Civil Veterinary Department Bengal reports 1923-33 - 1923-1933
Year: 1923
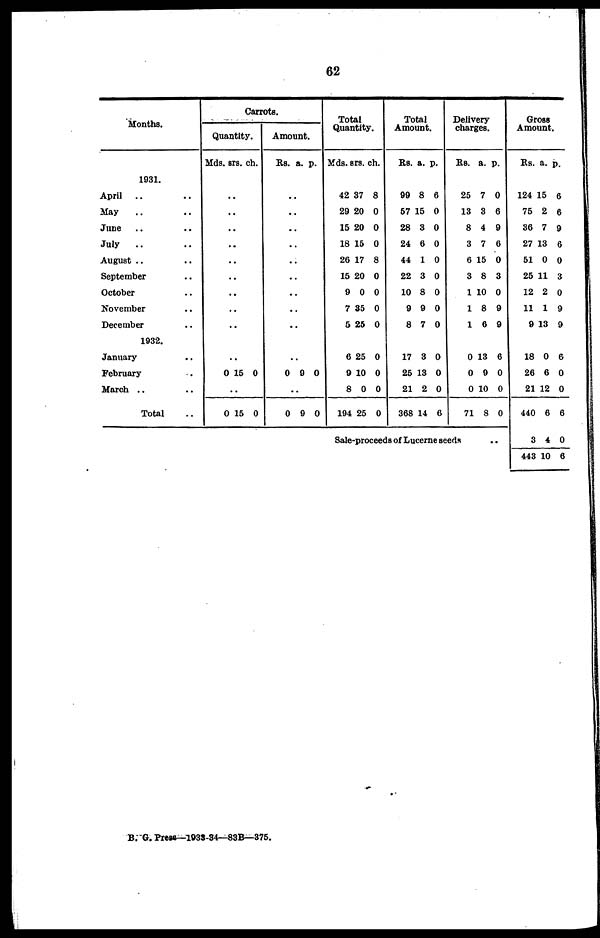
62
Months.
1931.
April .. ..
May .. ..
June .. ..
July
.. ..
August .. ..
September ..
October ..
November ..
December ..
1932.
January ..
February ..
March .. ..
Total ..
Carrots.
Quantity.
Mds. srs. ch.
..
..
..
..
..
..
..
..
..
..
0 15 0
..
0 15 0
Amount.
Rs. a. p.
..
..
..
..
..
..
..
..
..
..
0 9 0
..
0 9 0
Total
Quantity.
Mds. srs. ch.
42 37 8
29 20 0
15 20 0
18 15 0
26 17 8
15 20 0
9 0 0
7 35 0
5 25 0
6 25 0
9 10 0
8 0 0
194 25 0
Total
Amount.
Rs. a. p.
99 8 6
57 15 0
28 3 0
24 6 0
44 1 0
22 3 0
10 8 0
9 9 0
8 7 0
17 3 0
25 13 0
21 2 0
368 14 6
Delivery
charges.
Rs. a. p.
25 7 0
13 3 6
8 4 9
3 7 6
6 15 0
3 8 3
1 10 0
18
9
16
9
0 13 6
0 9 0
0 10 0
71 8 0
Sale-proceeds of Lucerne seeds ..
Gross
Amount.
Rs. a. p.
124 15 6
75 2 6
36 7 9
27 13 6
51 0 0
25 11 3
12 2 0
11 1 9
9 13 9
18 0 6
26 6 0
21 12 0
440 6 6
3 4 0
443 10 6
B. G. Press—1933-34—83B—375.